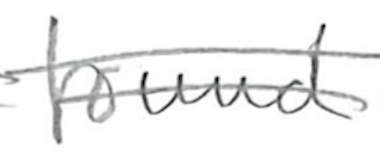
Text: found
Cross-out: mix
Writing tool: pencil